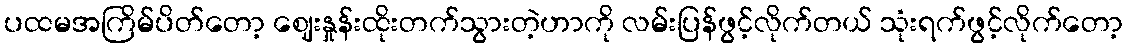
ပထမအကြိမ်ပိတ်တော့ ဈေးနှုန်းထိုးတက်သွားတဲ့ဟာကို လမ်းပြန်ဖွင့်လိုက်တယ် သုံးရက်ဖွင့်လိုက်တော့